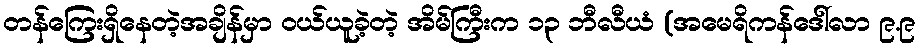
တန်ကြေးရှိနေတဲ့အချိန်မှာ ဝယ်ယူခဲ့တဲ့ အိမ်ကြီးက ၁၃ ဘီလီယံ (အမေရိကန်ဒေါ်လာ ၉.၉